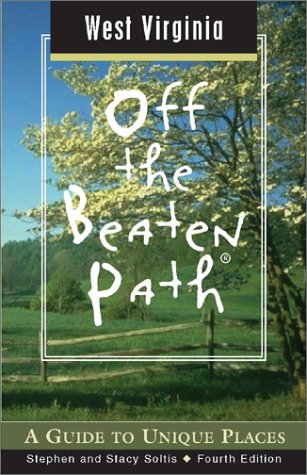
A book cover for West Virginia Off the Beaten Path, 4th: A Guide to Unique Places (Off the Beaten Path Series); Stephen Soltis; Travel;